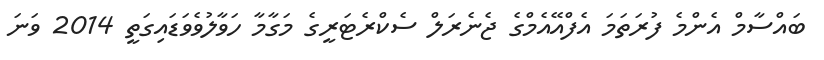
ބައްސާމް އެންމެ ފުރަތަމަ އެފްއޭއެމްގެ ޖެނެރަލް ސެކްރެޓަރީގެ މަގާމާ ހަވާލުވެވަޑައިގަތީ 2014 ވަނަ